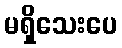
မရှိသေးပေ